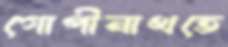
গোপীনাথতে